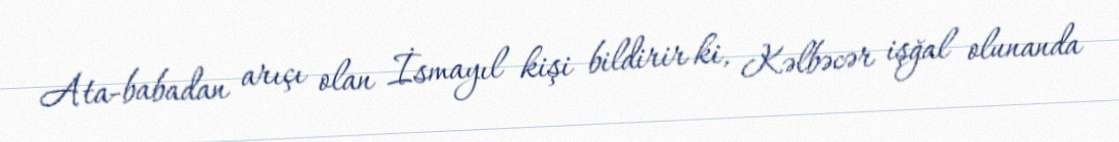
Ata-babadan arıçı olan İsmayıl kişi bildirir ki, Kəlbəcər işğal olunanda